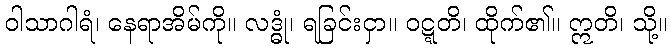
ဝါသာဂါရံ၊ နေရာအိမ်ကို။ လဒ္ဓုံ၊ ရခြင်းငှာ။ ဝဋ္ဋတိ၊ ထိုက်၏။ ဣတိ၊ သို့။